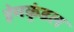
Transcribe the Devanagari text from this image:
हेमकुंडल